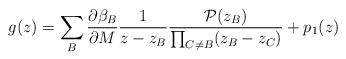
\begin{align*}g(z) = \sum_B \frac{\partial\beta_B}{\partial M} \frac{1}{z-z_B} \frac{{\cal P}(z_B)}{\prod _{C\neq B} (z_B-z_C)} + p_1(z)\end{align*}